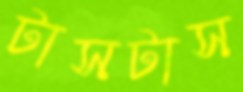
টাসটাস